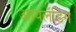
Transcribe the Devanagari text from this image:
आयलँडिग